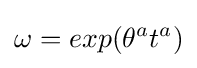
\omega =exp(\theta ^{a}t^{a})